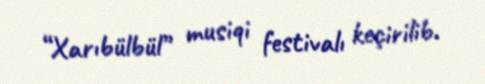
“Xarıbülbül” musiqi festivalı keçirilib.